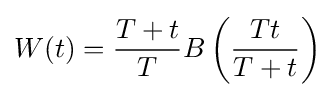
W(t)={\frac {T+t}{T}}B\left({\frac {Tt}{T+t}}\right)